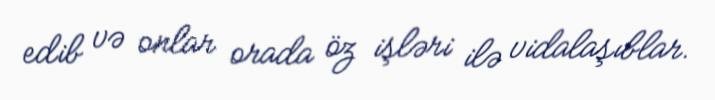
edib və onlar orada öz işləri ilə vidalaşıblar.